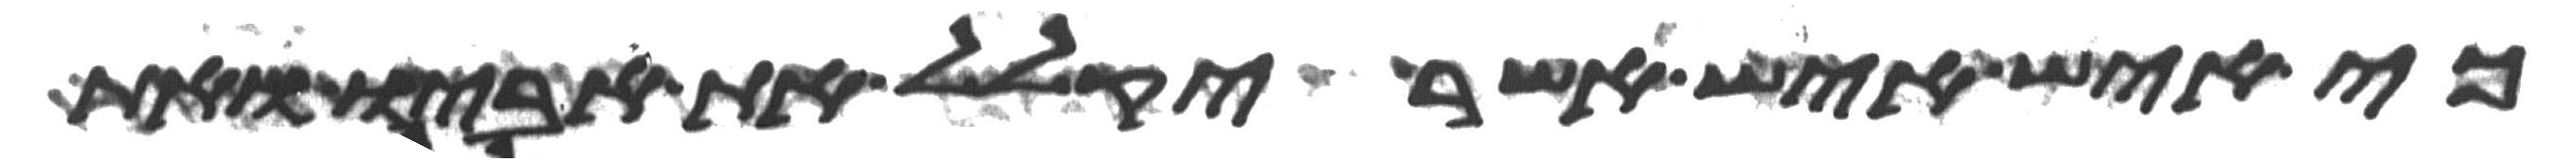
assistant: כי איש איש אשר יקלל את אביו ואת